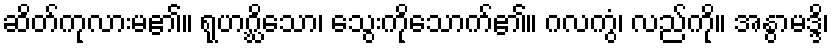
ဆိတ်ကုလားမ၏။ ရုဟဂ္ဃိသော၊ သွေးကိုသောက်၏။ ဂလကွံ၊ လည်ကို။ အနွာမဒ္ဒိ၊